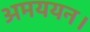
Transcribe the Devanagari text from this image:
अमययन।